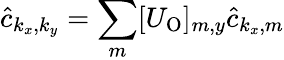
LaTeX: \hat{c}_{k_{x},k_{y}}=\sum_{m}[U_{\mathrm{O}}]_{m,y}\hat{c}_{k_{x},m}